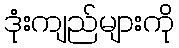
ဒုံးကျည်များကို